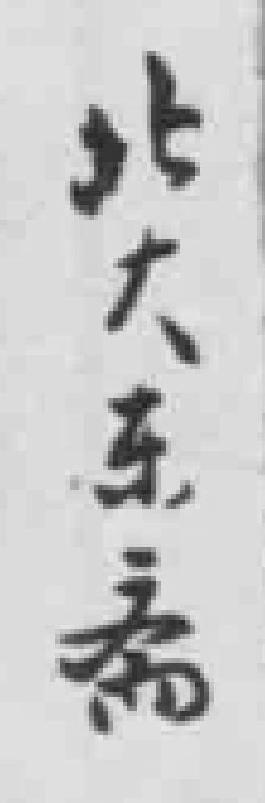
北大东斋